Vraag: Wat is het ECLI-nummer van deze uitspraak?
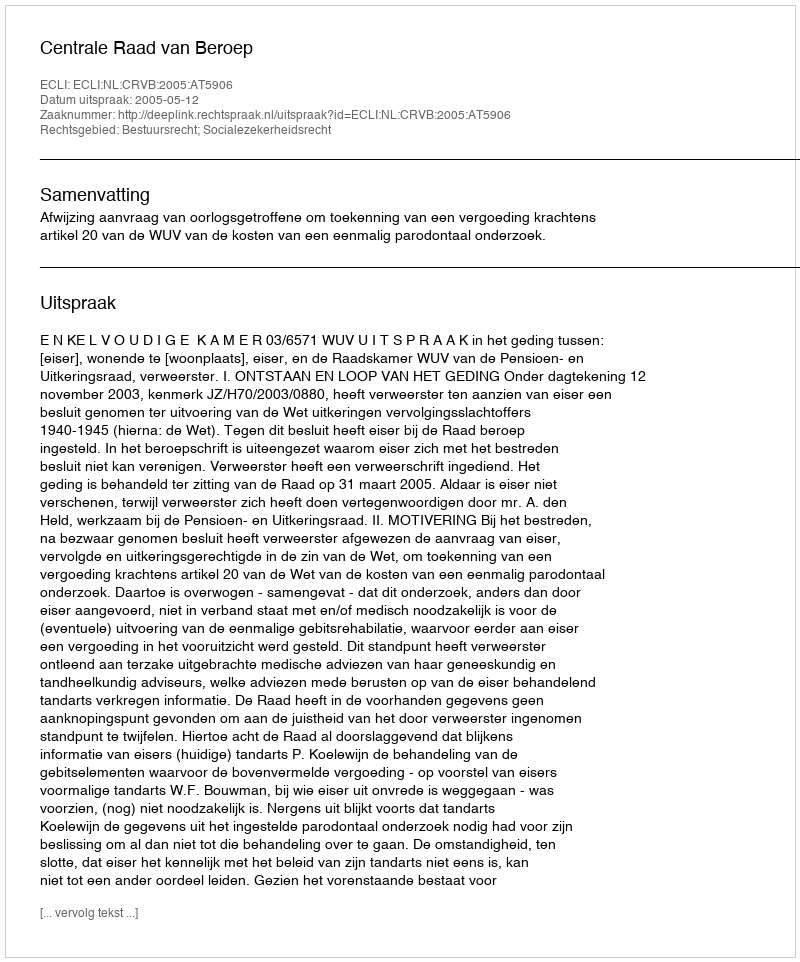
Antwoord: ECLI:NL:CRVB:2005:AT5906